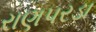
રાણપરડા